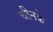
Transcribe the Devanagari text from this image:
चीनके